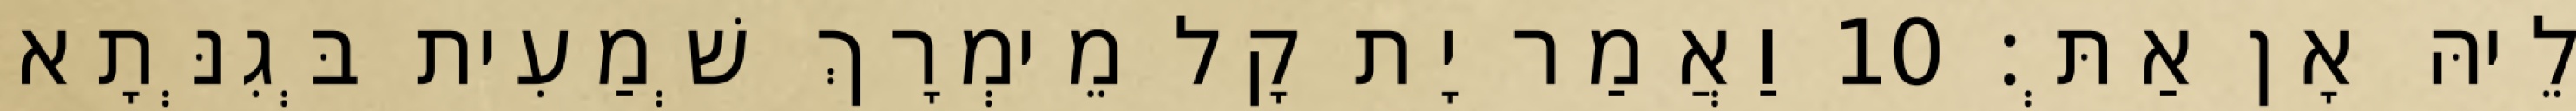
לֵיהּ אָן אַתְּ׃ 10 וַאֲמַר יָת קָל מֵימְרָךְ שְׁמַעִית בְּגִנְּתָא